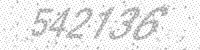
Solution: 542136